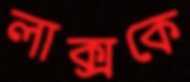
লাক্সকে